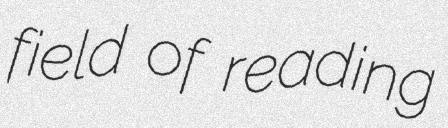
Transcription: field of reading